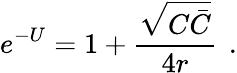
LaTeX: e^{-U}=1+{\frac{\sqrt{C\bar{C}}}{4r}}\, \ .